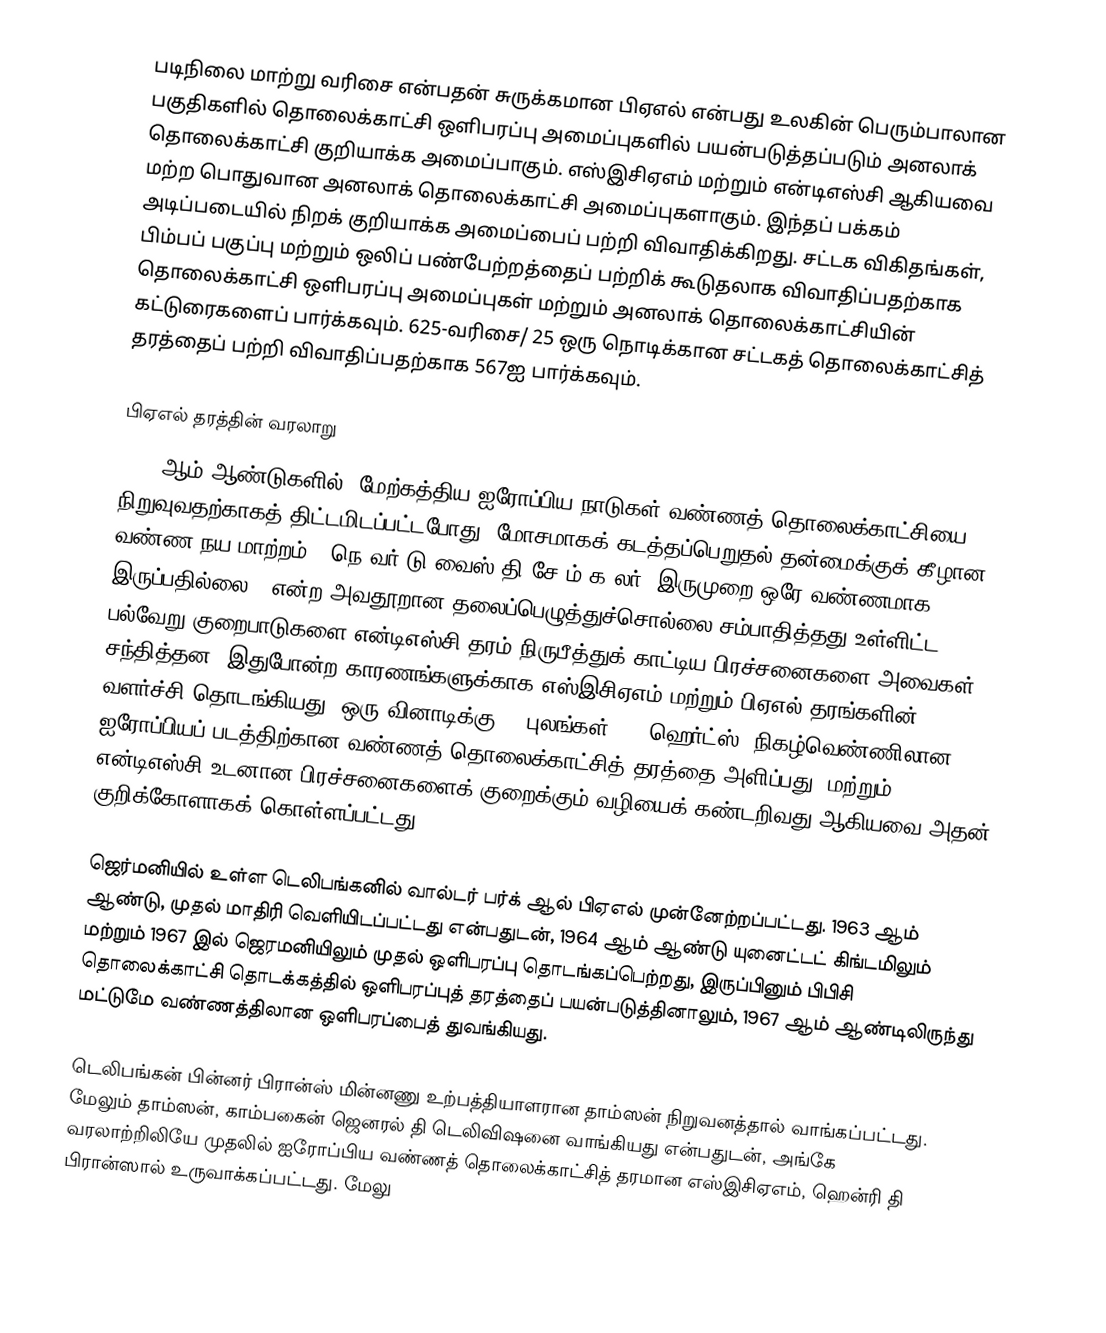
படிநிலை மாற்று வரிசை  என்பதன் சுருக்கமான பிஏஎல்  என்பது உலகின் பெரும்பாலான பகுதிகளில் தொலைக்காட்சி ஒளிபரப்பு அமைப்புகளில் பயன்படுத்தப்படும் அனலாக் தொலைக்காட்சி குறியாக்க அமைப்பாகும். எஸ்இசிஏஎம் மற்றும் என்டிஎஸ்சி ஆகியவை மற்ற பொதுவான அனலாக் தொலைக்காட்சி அமைப்புகளாகும். இந்தப் பக்கம் அடிப்படையில் நிறக் குறியாக்க அமைப்பைப் பற்றி விவாதிக்கிறது. சட்டக விகிதங்கள், பிம்பப் பகுப்பு மற்றும் ஒலிப் பண்பேற்றத்தைப் பற்றிக் கூடுதலாக விவாதிப்பதற்காக தொலைக்காட்சி ஒளிபரப்பு அமைப்புகள் மற்றும் அனலாக் தொலைக்காட்சியின் கட்டுரைகளைப் பார்க்கவும். 625-வரிசை/ 25 ஒரு நொடிக்கான சட்டகத் தொலைக்காட்சித் தரத்தைப் பற்றி விவாதிப்பதற்காக 567ஐ பார்க்கவும்.

பிஏஎல் தரத்தின் வரலாறு
1950 ஆம் ஆண்டுகளில், மேற்கத்திய ஐரோப்பிய நாடுகள் வண்ணத் தொலைக்காட்சியை நிறுவுவதற்காகத் திட்டமிடப்பட்டபோது, மோசமாகக் கடத்தப்பெறுதல் தன்மைக்குக் கீழான வண்ண நய மாற்றம், “நெ வர் டு வைஸ் தி சே ம் க லர் (இருமுறை ஒரே வண்ணமாக இருப்பதில்லை)” என்ற அவதூறான தலைப்பெழுத்துச்சொல்லை சம்பாதித்தது உள்ளிட்ட பல்வேறு குறைபாடுகளை என்டிஎஸ்சி தரம் நிருபீத்துக் காட்டிய பிரச்சனைகளை அவைகள் சந்தித்தன. இதுபோன்ற காரணங்களுக்காக எஸ்இசிஏஎம் மற்றும் பிஏஎல் தரங்களின் வளர்ச்சி தொடங்கியது. ஒரு வினாடிக்கு 50 புலங்கள் (50 ஹெர்ட்ஸ்) நிகழ்வெண்ணிலான ஐரோப்பியப் படத்திற்கான வண்ணத் தொலைக்காட்சித் தரத்தை அளிப்பது, மற்றும் என்டிஎஸ்சி உடனான பிரச்சனைகளைக் குறைக்கும் வழியைக் கண்டறிவது ஆகியவை அதன் குறிக்கோளாகக் கொள்ளப்பட்டது.

ஜெர்மனியில் உள்ள டெலிபங்கனில் வால்டர் பர்க் ஆல் பிஏஎல் முன்னேற்றப்பட்டது. 1963 ஆம் ஆண்டு, முதல் மாதிரி வெளியிடப்பட்டது என்பதுடன், 1964 ஆம் ஆண்டு யுனைட்டட் கிங்டமிலும் மற்றும் 1967  இல் ஜெரமனியிலும் முதல் ஒளிபரப்பு தொடங்கப்பெற்றது, இருப்பினும் பிபிசி தொலைக்காட்சி தொடக்கத்தில் ஒளிபரப்புத் தரத்தைப் பயன்படுத்தினாலும், 1967 ஆம் ஆண்டிலிருந்து மட்டுமே வண்ணத்திலான ஒளிபரப்பைத் துவங்கியது.

டெலிபங்கன் பின்னர் பிரான்ஸ் மின்னணு உற்பத்தியாளரான தாம்ஸன் நிறுவனத்தால் வாங்கப்பட்டது. மேலும் தாம்ஸன், காம்பகைன் ஜெனரல் தி டெலிவிஷனை  வாங்கியது என்பதுடன், அங்கே வரலாற்றிலியே முதலில் ஐரோப்பிய வண்ணத் தொலைக்காட்சித் தரமான எஸ்இசிஏஎம், ஹென்ரி தி பிரான்ஸால் உருவாக்கப்பட்டது. மேலு